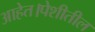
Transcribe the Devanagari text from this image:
आहेत।पेशीतील